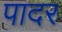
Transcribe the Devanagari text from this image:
पादर